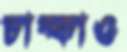
চাব্‌কাও